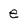
Character: e